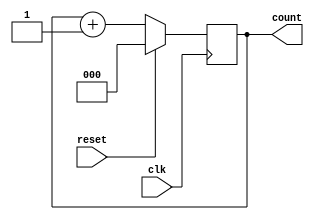
// ___________________________________________________
// 3-Bit Asynchronous Up Counter......................
// ___________________________________________________
 

module up_counter(count,clk,reset);
  
  output reg [2:0] count;
  input clk,reset;
  
  always @(negedge clk)
    begin
      if(reset)
        count=3'b000;
      else
        count=count+1;
    end
  
endmodule